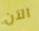
الآن